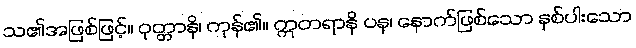
သ၏အဖြစ်ဖြင့်။ ဝုတ္တာနိ၊ ကုန်၏။ ဣတရာနိ ပန၊ နောက်ဖြစ်သော နှစ်ပါးသော